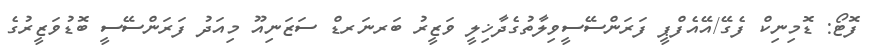
ފޮޓޯ: ޑޮމިނިކް ފެގޭ/އޭއެފްޕީ ފަރަންސޭސީވިލާތުގެދާޚިލީ ވަޒީރު ބަރނަރޑް ސަޒަނިއޫ މިއަދު ފަރަންސޭސީ ބޮޑުވަޒީރުގެ